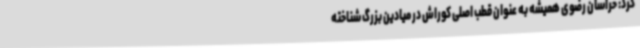
کرد: خراسان رضوی همیشه به عنوان قطب اصلی کوراش در میادین بزرگ شناخته